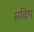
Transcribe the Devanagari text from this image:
सदिप